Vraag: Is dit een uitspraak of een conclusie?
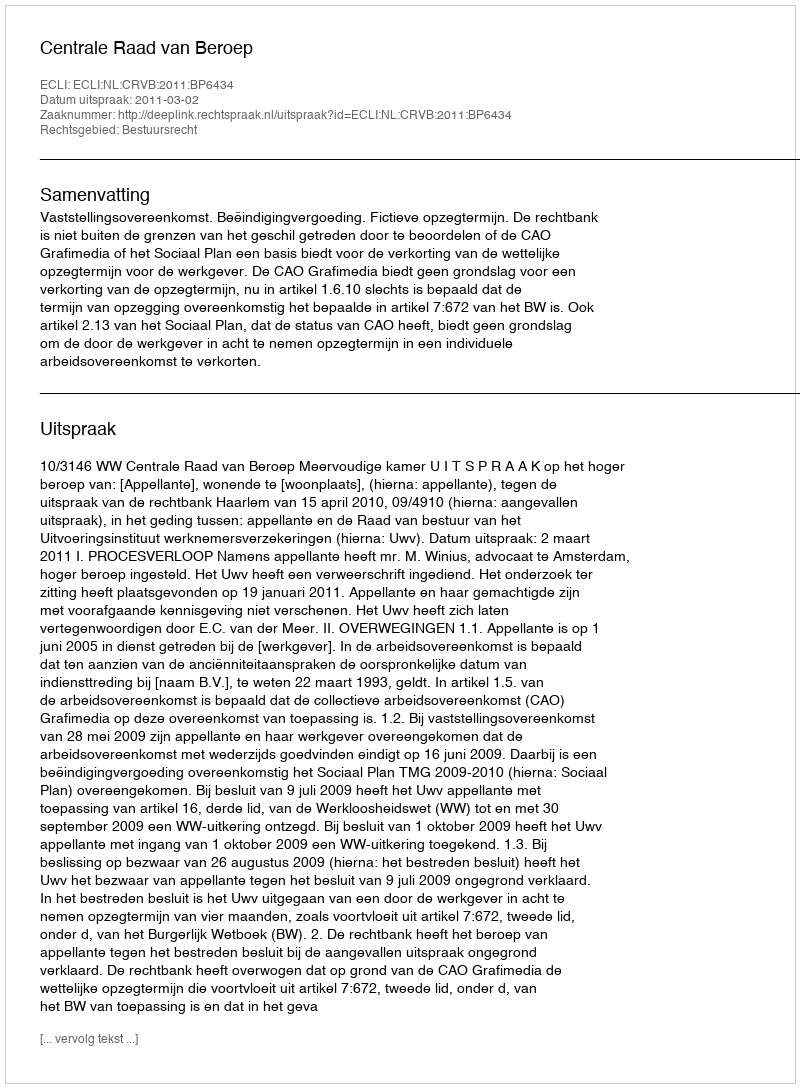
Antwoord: Uitspraak